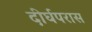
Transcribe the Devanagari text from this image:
दीर्घपरास